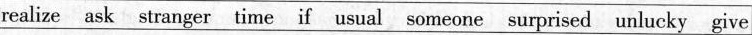
[realize ask stranger time f usual someone surprised unlucky give